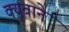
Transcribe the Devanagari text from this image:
क्यूबाने